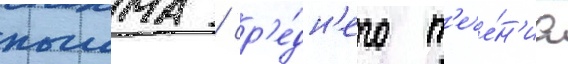
пышма / ср'е́дн'его т'ече́н'иа